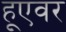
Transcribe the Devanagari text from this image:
हूएवर